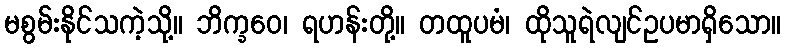
မစွမ်းနိုင်သကဲ့သို့။ ဘိက္ခဝေ၊ ရဟန်းတို့။ တထူပမံ၊ ထိုသူရဲလျင်ဥပမာရှိသော။